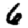
Digit: 6